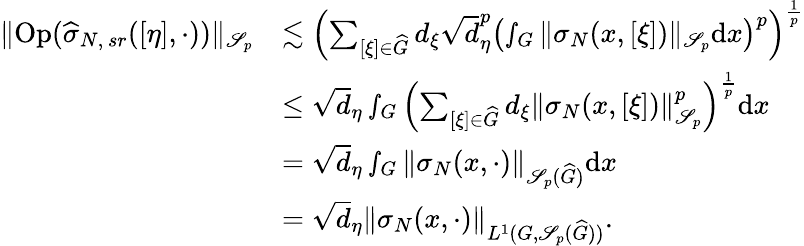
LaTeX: \begin{array}{rl}{\Vert\textnormal{Op}(\widehat{\sigma}_{N,\, sr}([\eta],\cdot))\Vert_{\mathscr{S}_{p}}}&{\lesssim\left(\sum_{[\xi]\in\widehat{G}}d_{\xi}\sqrt{d}_{\eta}^{p}\left(\smallint_{G}\Vert{\sigma}_{N}(x,[\xi])\Vert_{\mathscr{S}_{p}}\textnormal{d}x\right)^{p}\right)^{\frac{1}{p}}}\\ &{\leq\sqrt{d}_{\eta}\smallint_{G}\left(\sum_{[\xi]\in\widehat{G}}d_{\xi}\Vert{\sigma}_{N}(x,[\xi])\Vert_{\mathscr{S}_{p}}^{p}\right)^{\frac{1}{p}}\textnormal{d}x}\\ &{=\sqrt{d}_{\eta}\smallint_{G}\Vert{\sigma}_{N}(x,\cdot)\Vert_{\mathscr{S}_{p}(\widehat{G})}\textnormal{d}x}\\ &{=\sqrt{d}_{\eta}\Vert{\sigma}_{N}(x,\cdot)\Vert_{L^{1}(G,\mathscr{S}_{p}(\widehat{G}))}.}\end{array}